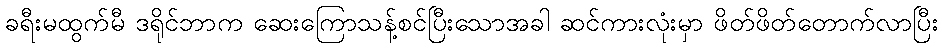
ခရီးမထွက်မီ ဒရိုင်ဘာက ဆေးကြောသန့်စင်ပြီးသောအခါ ဆင်ကားလုံးမှာ ဖိတ်ဖိတ်တောက်လာပြီး